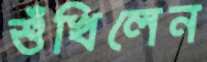
শুঁখিলেন